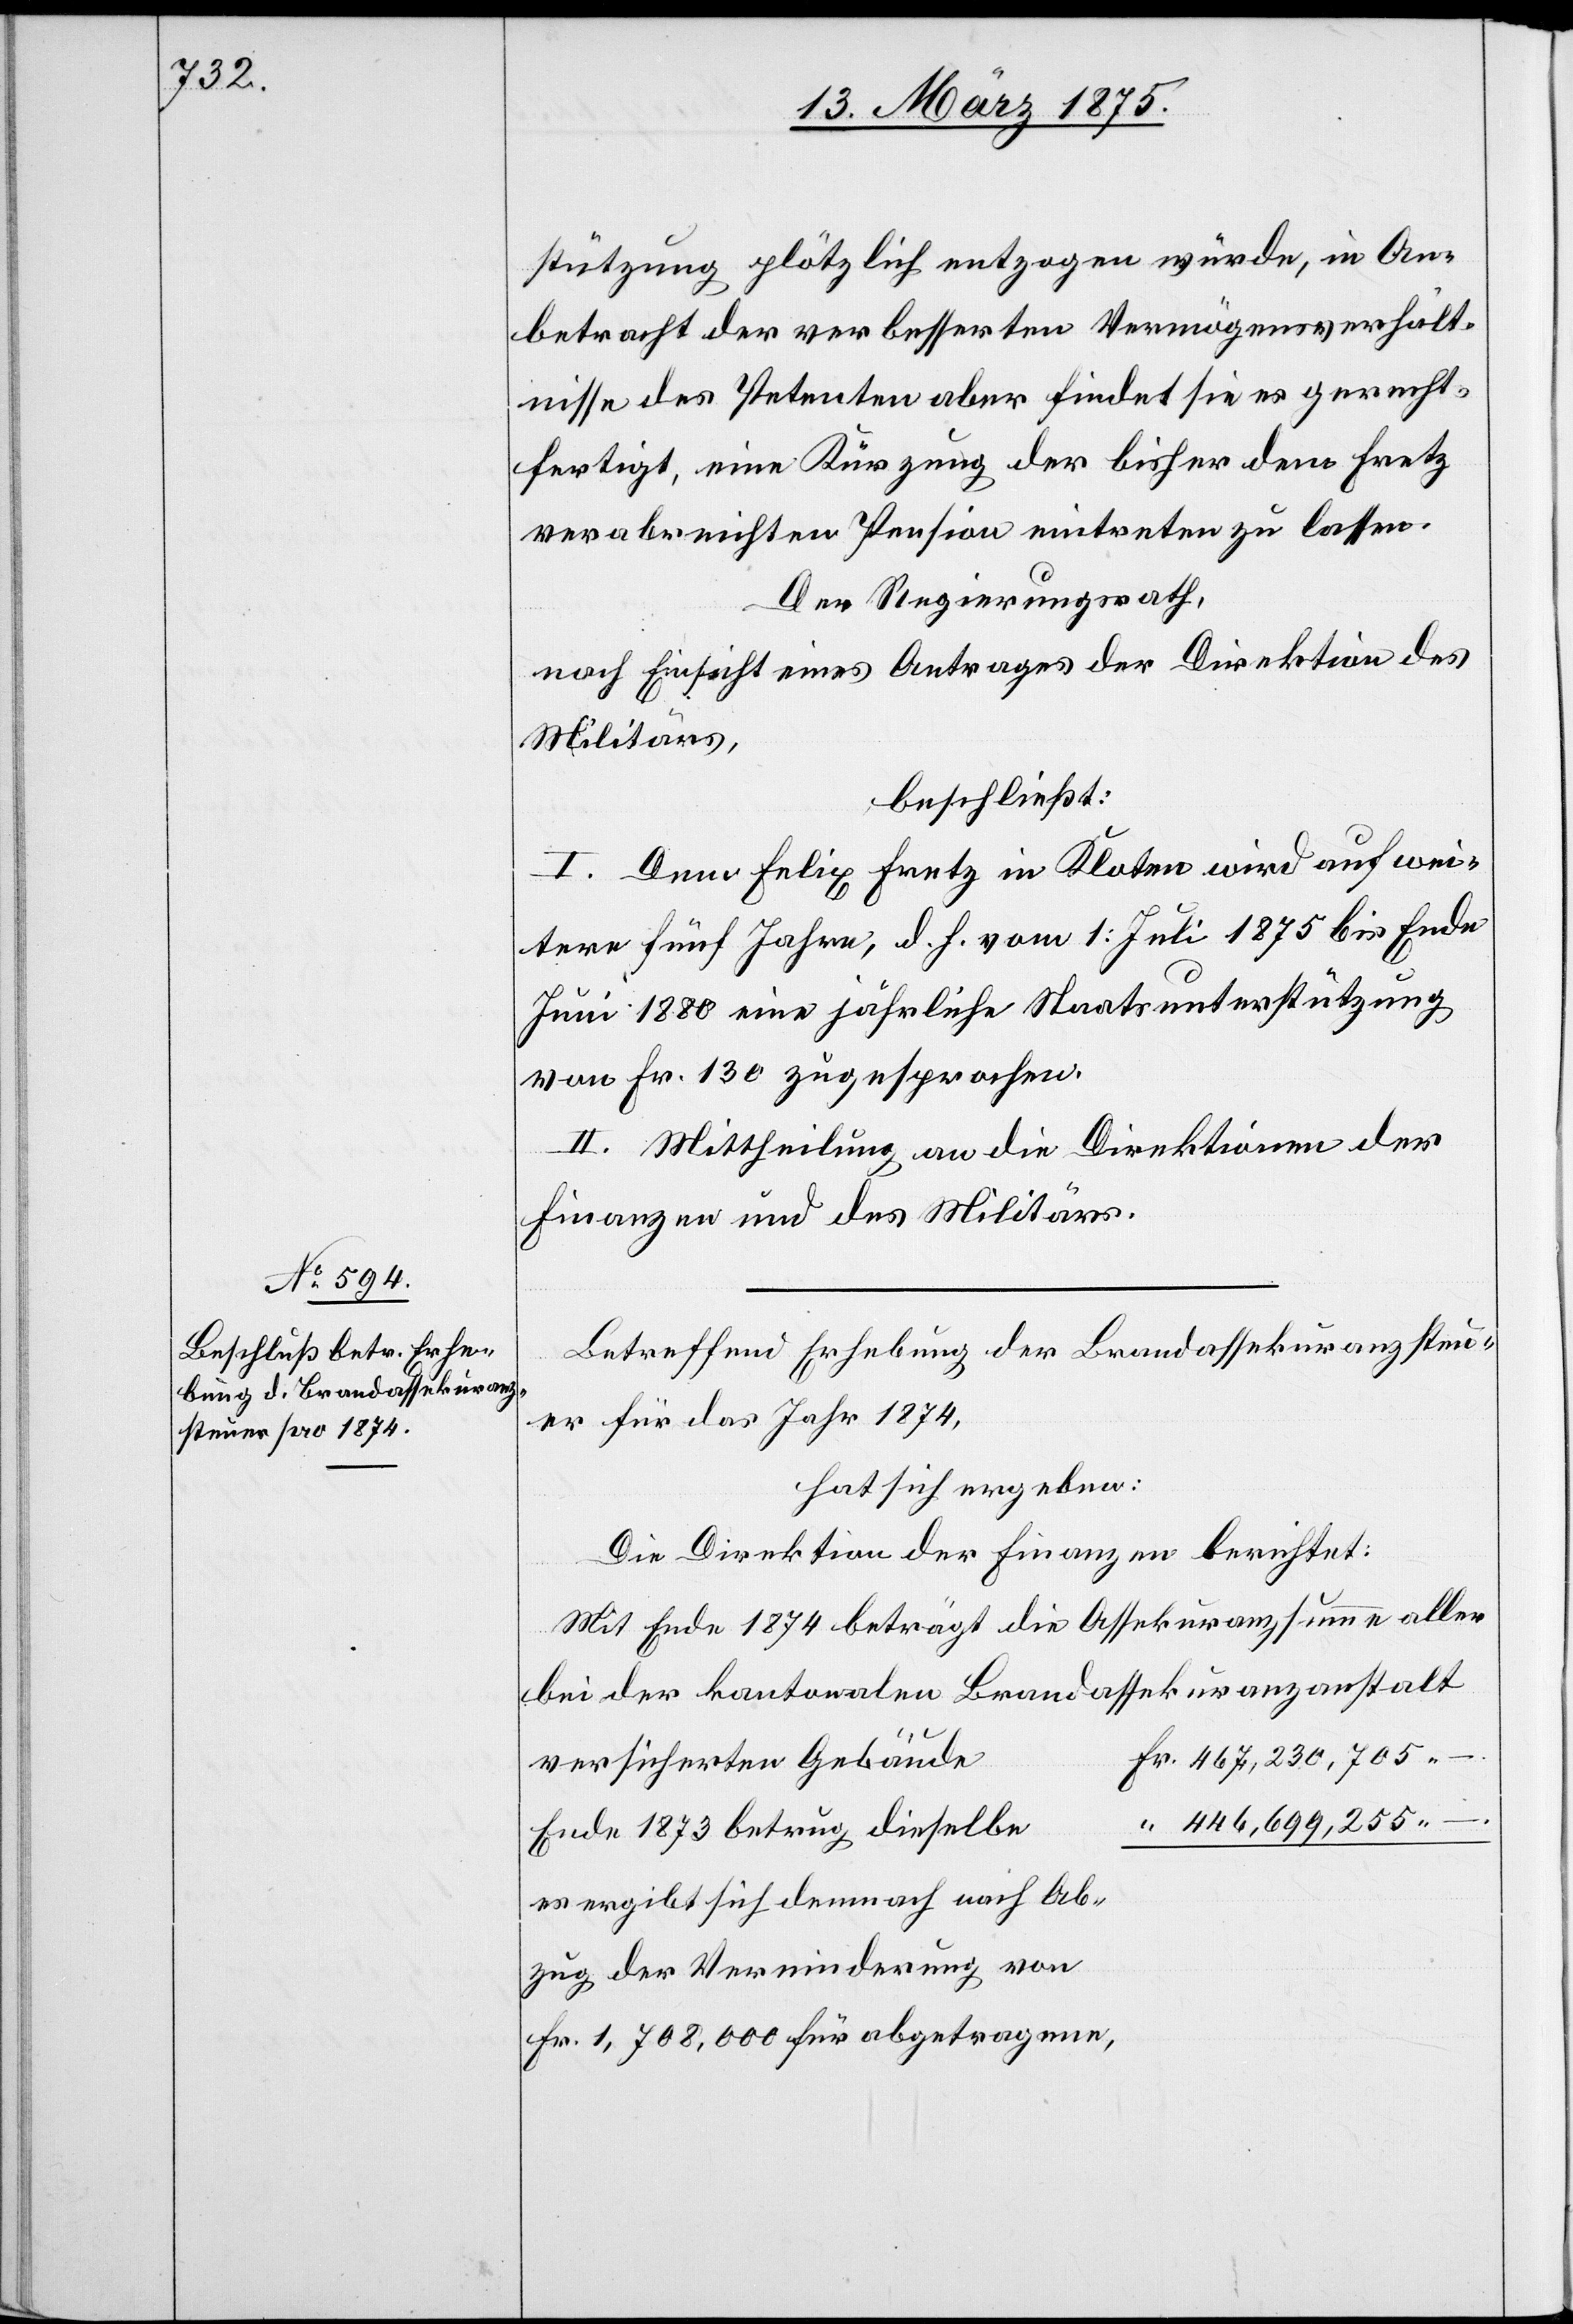
stützung plötzlich entzogen würde, in An¬
betracht der verbesserten Vermögensverhält¬
nisse des Petenten aber findet sie es gerecht¬
fertigt, eine Kürzung der bisher dem Fretz
verabreichten Pension eintreten zu lassen.
Der Regieungsrath,
nach Einsicht eines Antrages der Direktion des
Militärs,
beschließt:
I. Dem Felix Fretz in Kloten wird auf wei¬
tere fünf Jahre, d. h. vom 1. Juli 1875 bis Ende
Juni 1880 eine jährliche Staatsunterstützung
von Fr. 130 zugesprochen.
II. Mittheilung an die Direktionen der
Finanzen und des Militärs.
Betreffend Erhebung der Brandassekuranzsteu¬
er für das Jahr 1874,
hat sich ergeben:
Die Direktion der Finanzen berichtet:
Mit Ende 1874 beträgt die Assekuranzsumme aller
bei der kantonalen Brandassekuranzanstalt
versicherten Gebäude
446,699,255
Ende 1873 betrug dieselbe
es ergibt sich demnach nach Ab¬
zug der Verminderung von
Fr. 1,708,000 für abgetragene,